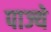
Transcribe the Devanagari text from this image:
पाज्ये